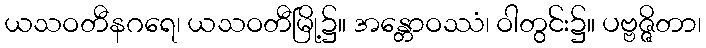
ယသဝတီနဂရေ၊ ယသဝတီမြို့၌။ အန္တောဝဿံ၊ ဝါတွင်း၌။ ပဗ္ဗဇ္ဇိတာ၊